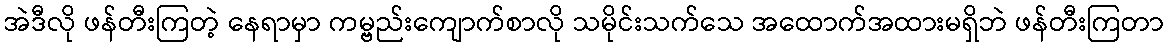
အဲဒီလို ဖန်တီးကြတဲ့ နေရာမှာ ကမ္ဗည်းကျောက်စာလို သမိုင်းသက်သေ အထောက်အထားမရှိဘဲ ဖန်တီးကြတာ